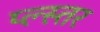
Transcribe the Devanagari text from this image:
प्ल्स्तर